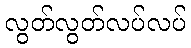
လွတ်လွတ်လပ်လပ်